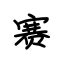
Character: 赛